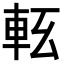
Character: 𨋇